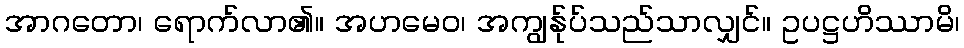
အာဂတော၊ ရောက်လာ၏။ အဟမေဝ၊ အကျွန်ုပ်သည်သာလျှင်။ ဥပဋ္ဌဟိဿာမိ၊